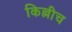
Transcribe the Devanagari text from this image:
किल्लीच